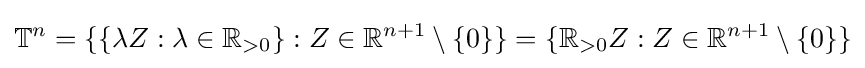
\mathbb {T} ^{n}=\{\{\lambda Z:\lambda \in \mathbb {R} _{>0}\}:Z\in \mathbb {R} ^{n+1}\setminus \{0\}\}=\{\mathbb {R} _{>0}Z:Z\in \mathbb {R} ^{n+1}\setminus \{0\}\}